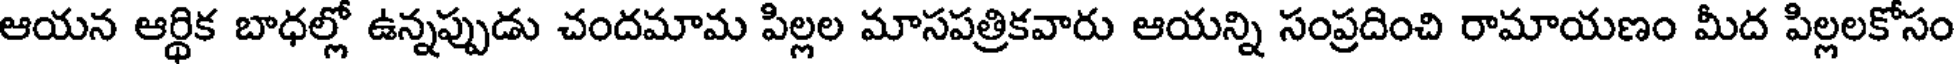
ఆయన ఆర్థిక బాధల్లో ఉన్నప్పుడు చందమామ పిల్లల మాసపత్రికవారు ఆయన్ని సంప్రదించి రామాయణం మీద పిల్లలకోసం